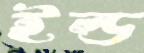
ইল্ড